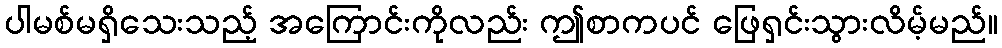
ပါမစ်မရှိသေးသည့် အကြောင်းကိုလည်း ဤစာကပင် ဖြေရှင်းသွားလိမ့်မည်။